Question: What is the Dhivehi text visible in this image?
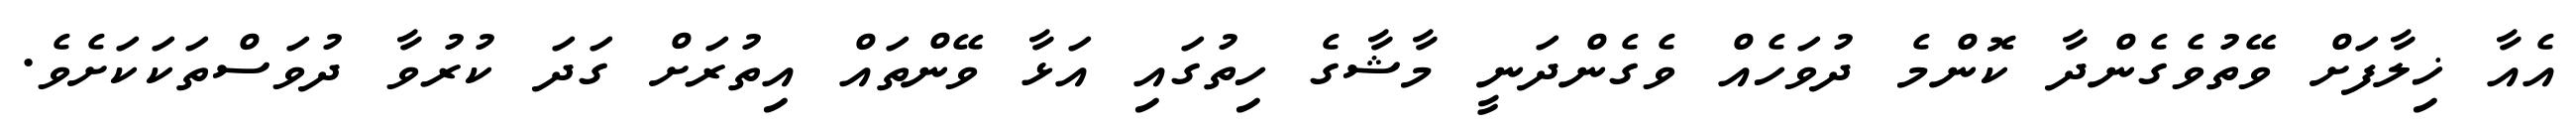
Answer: އެއާ ޚިލާފަށް ވޭތުވެގެންދާ ކޮންމެ ދުވަހެއް ވެގެންދަނީ މާޝާގެ ހިތުގައި އަޅާ ވޭންތައް އިތުރަށް ގަދަ ކުރުވާ ދުވަސްތަކަކަށެވެ.